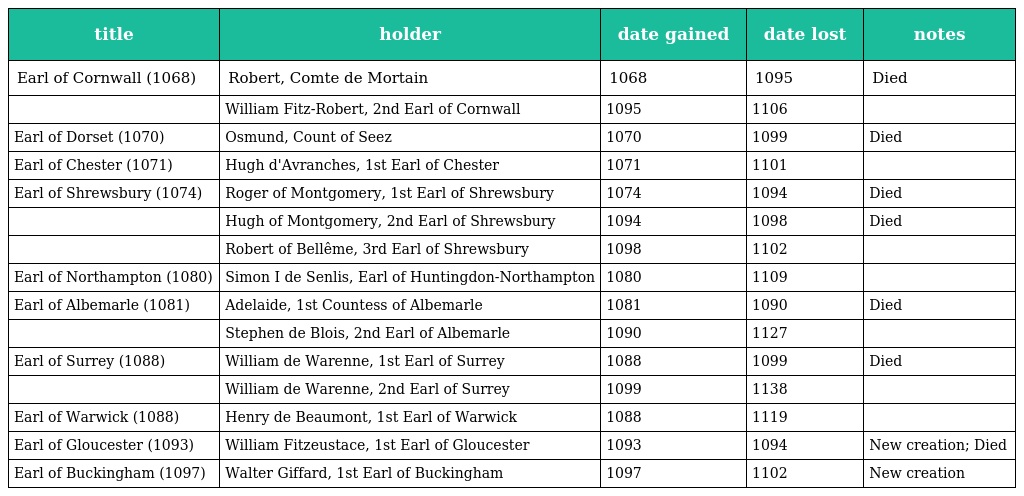
| title | holder | date gained | date lost | notes |
 | --- | --- | --- | --- | --- |
 | Earl of Cornwall (1068) | Robert, Comte de Mortain | 1068 | 1095 | Died |
 |  | William Fitz-Robert, 2nd Earl of Cornwall | 1095 | 1106 |  |
 | Earl of Dorset (1070) | Osmund, Count of Seez | 1070 | 1099 | Died |
 | Earl of Chester (1071) | Hugh d'Avranches, 1st Earl of Chester | 1071 | 1101 |  |
 | Earl of Shrewsbury (1074) | Roger of Montgomery, 1st Earl of Shrewsbury | 1074 | 1094 | Died |
 |  | Hugh of Montgomery, 2nd Earl of Shrewsbury | 1094 | 1098 | Died |
 |  | Robert of Bellême, 3rd Earl of Shrewsbury | 1098 | 1102 |  |
 | Earl of Northampton (1080) | Simon I de Senlis, Earl of Huntingdon-Northampton | 1080 | 1109 |  |
 | Earl of Albemarle (1081) | Adelaide, 1st Countess of Albemarle | 1081 | 1090 | Died |
 |  | Stephen de Blois, 2nd Earl of Albemarle | 1090 | 1127 |  |
 | Earl of Surrey (1088) | William de Warenne, 1st Earl of Surrey | 1088 | 1099 | Died |
 |  | William de Warenne, 2nd Earl of Surrey | 1099 | 1138 |  |
 | Earl of Warwick (1088) | Henry de Beaumont, 1st Earl of Warwick | 1088 | 1119 |  |
 | Earl of Gloucester (1093) | William Fitzeustace, 1st Earl of Gloucester | 1093 | 1094 | New creation; Died |
 | Earl of Buckingham (1097) | Walter Giffard, 1st Earl of Buckingham | 1097 | 1102 | New creation |